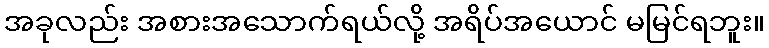
အခုလည်း အစားအသောက်ရယ်လို့ အရိပ်အယောင် မမြင်ရဘူး။